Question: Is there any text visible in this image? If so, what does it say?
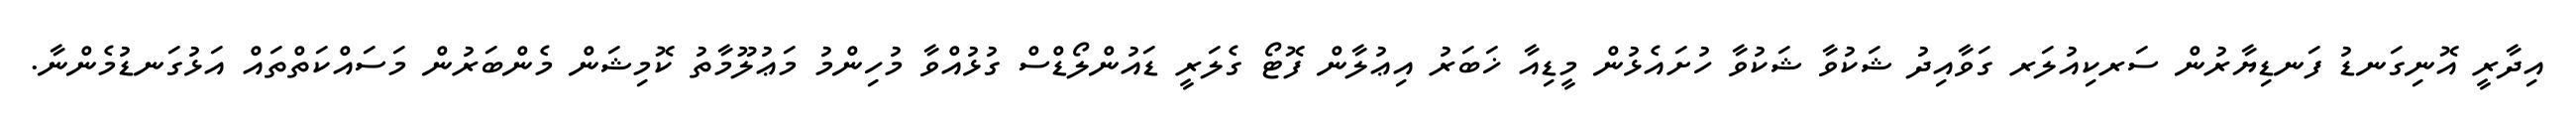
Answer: އިދާރީ އޮނިގަނޑު ފަނޑިޔާރުން ސަރކިއުލަރ ގަވާއިދު ޝަކުވާ ޝަކުވާ ހުށައެޅުން މީޑިއާ ޚަބަރު އިޢުލާން ފޮޓޯ ގެލަރީ ޑައުންލޯޑްސް ގުޅުއްވާ މުހިންމު މަޢުލޫމާތު ކޮމިޝަން މެންބަރުން މަސައްކަތްތައް އަޅުގަނޑުމެންނާ.